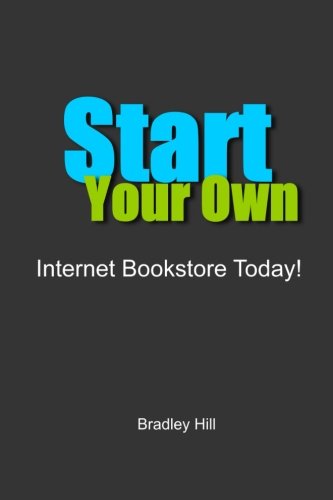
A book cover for Start Your Own Internet Bookstore Today; Bradley Hill; Crafts, Hobbies & Home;